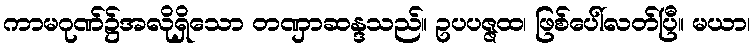
ကာမဂုဏ်၌အလိုရှိသော တဏှာဆန္ဒသည်။ ဥပပဇ္ဇထ၊ ဖြစ်ပေါ်လတ်ပြီ။ မယာ၊